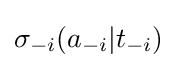
\sigma _{-i}(a_{-i}|t_{-i})